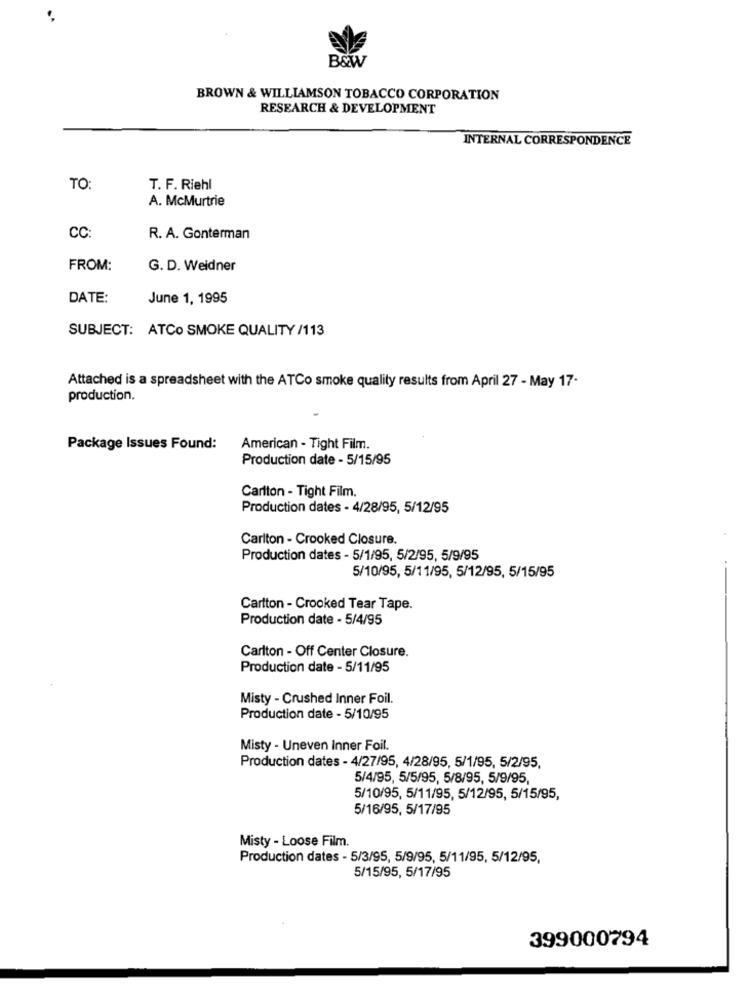
B&W
BROWN & WILLIAMSON TOBACCO CORPORATION
RESEARCH & DEVELOPMENT
INTERNAL CORRESPONDENCE
TO:
T. F. Riehl
A. McMurtrie
CC:
R. A. Gonterman
FROM:
G. D. Weidner
DATE:
June 1, 1995
SUBJECT: ATCO SMOKE QUALITY /113
Attached is a spreadsheet with the ATCo smoke quality results from April 27 - May 17-
production.
Package Issues Found:
American - Tight Film.
Production date - 5/15/95
Carlton - Tight Film.
Production dates - 4/28/95, 5/12/95
Carlton - Crooked Closure.
Production dates - 5/1/95, 5/2/95, 5/9/95
5/10/95, 5/11/95, 5/12/95, 5/15/95
Cartton - Crooked Tear Tape.
Production date - 5/4/95
Carlton - Off Center Closure.
Production date - 5/11/95
Misty - Crushed Inner Foil.
Production date - 5/10/95
Misty - Uneven Inner Foil.
Production dates - 4/27/95, 4/28/95, 5/1/95, 5/2/95,
5/4/95, 5/5/95, 5/8/95, 5/9/95,
5/10/95, 5/11/95, 5/12/95, 5/15/95,
5/16/95, 5/17/95
Misty - Loose Film.
Production dates - 5/3/95, 5/9/95, 5/11/95, 5/12/95,
5/15/95, 5/17/95
399000794